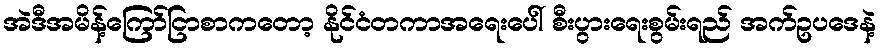
အဲဒီအမိန့်ကြော်ငြာစာကတော့ နိုင်ငံတကာအရေးပေါ် စီးပွားရေးစွမ်းရည် အက်ဥပဒေနဲ့